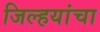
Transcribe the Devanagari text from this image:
जिल्हयांचा